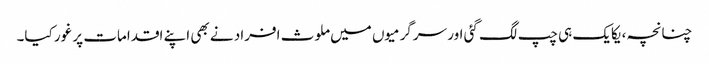
چنانچہ، یکایک ہی چپ لگ گئی اور سرگرمیوں میں ملوث افراد نے بھی اپنے اقدامات پر غور کیا۔